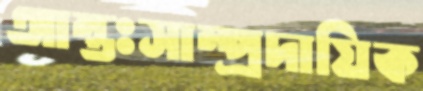
আন্তঃসাম্প্রদায়িক